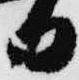
日